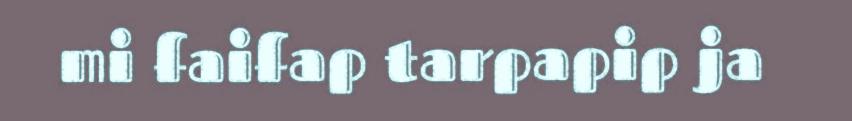
mi faifap tarpapip ja